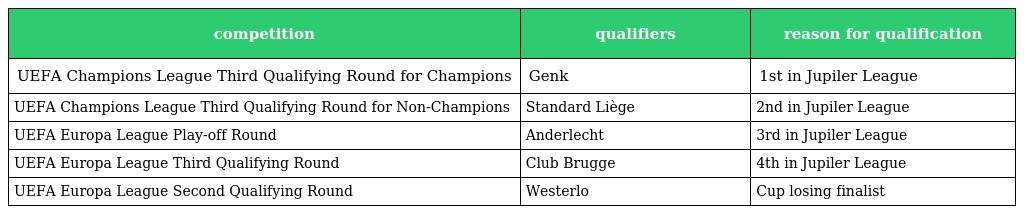
| competition | qualifiers | reason for qualification |
 | --- | --- | --- |
 | UEFA Champions League Third Qualifying Round for Champions | Genk | 1st in Jupiler League |
 | UEFA Champions League Third Qualifying Round for Non-Champions | Standard Liège | 2nd in Jupiler League |
 | UEFA Europa League Play-off Round | Anderlecht | 3rd in Jupiler League |
 | UEFA Europa League Third Qualifying Round | Club Brugge | 4th in Jupiler League |
 | UEFA Europa League Second Qualifying Round | Westerlo | Cup losing finalist |